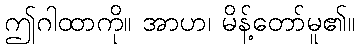
ဤဂါထာကို။ အာဟ၊ မိန့်တော်မူ၏။